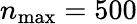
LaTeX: n_{\mathrm{max}}=500